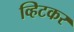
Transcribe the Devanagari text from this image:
व्हिटकर